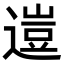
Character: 𨕰